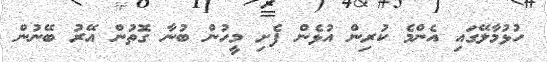
ހުޅުމާލޭގައި އެންމެ ކުރިން އުޅެން ފެށި މީހުން ބުނާ ގޮތުން އޭރު ބޭނުން